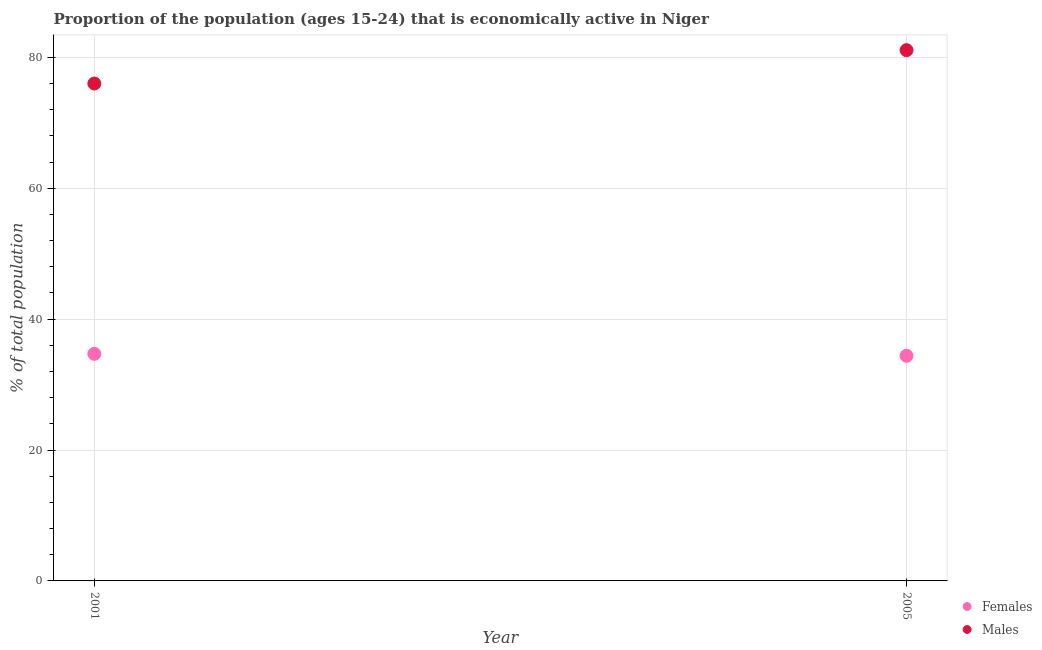
| Year | Females | Males |
 | --- | --- | --- |
 | 2001 | 34.7 | 76 |
 | 2005 | 34.4 | 81.1 |